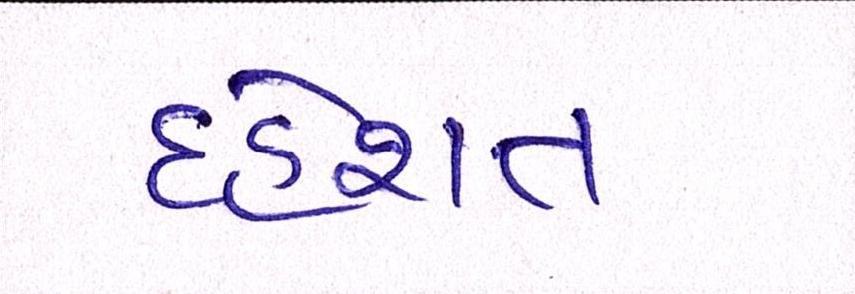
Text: દહેશત